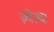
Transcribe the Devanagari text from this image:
ज़्वेज़्दा